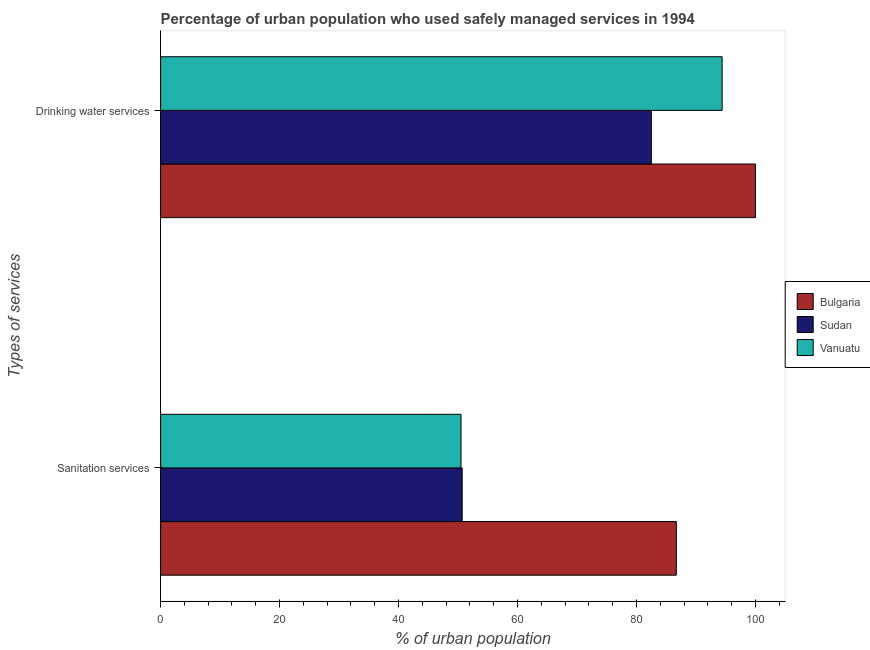
| Types of services | Bulgaria | Sudan | Vanuatu |
 | --- | --- | --- | --- |
 | Sanitation services | 86.7 | 50.7 | 50.5 |
 | Drinking water services | 100 | 82.5 | 94.4 |